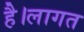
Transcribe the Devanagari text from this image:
है।लागत